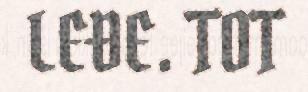
LEĐE. TOT